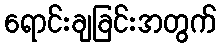
ရောင်းချခြင်းအတွက်